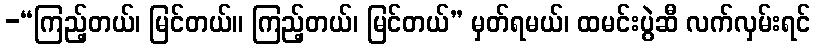
-“ကြည့်တယ်၊ မြင်တယ်။ ကြည့်တယ်၊ မြင်တယ်” မှတ်ရမယ်၊ ထမင်းပွဲဆီ လက်လှမ်းရင်